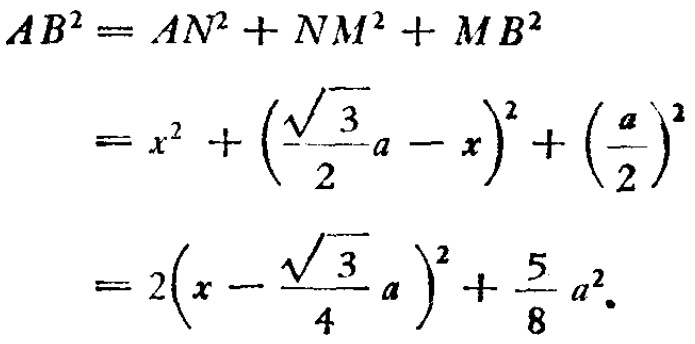
\[
\begin{align*}
AB^{2}&=AN^{2}+NM^{2}+MB^{2}\\
&=x^{2}+\left(\frac{\sqrt{3}}{2}a - x\right)^{2}+\left(\frac{a}{2}\right)^{2}\\
&=2\left(x - \frac{\sqrt{3}}{4}a\right)^{2}+\frac{5}{8}a^{2}.
\end{align*}
\]